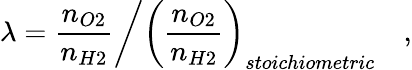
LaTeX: \lambda=\left.\frac{n_{O2}}{n_{H2}}\right/\left(\frac{n_{O2}}{n_{H2}}\right)_{stoichiometric}\quad,